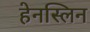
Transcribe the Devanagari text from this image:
हेनस्लिन